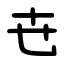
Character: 㔺